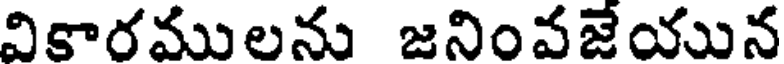
వికారములను జనింవజేయున